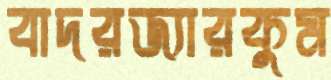
বাদরজ্যারকুম